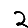
Digit: 2